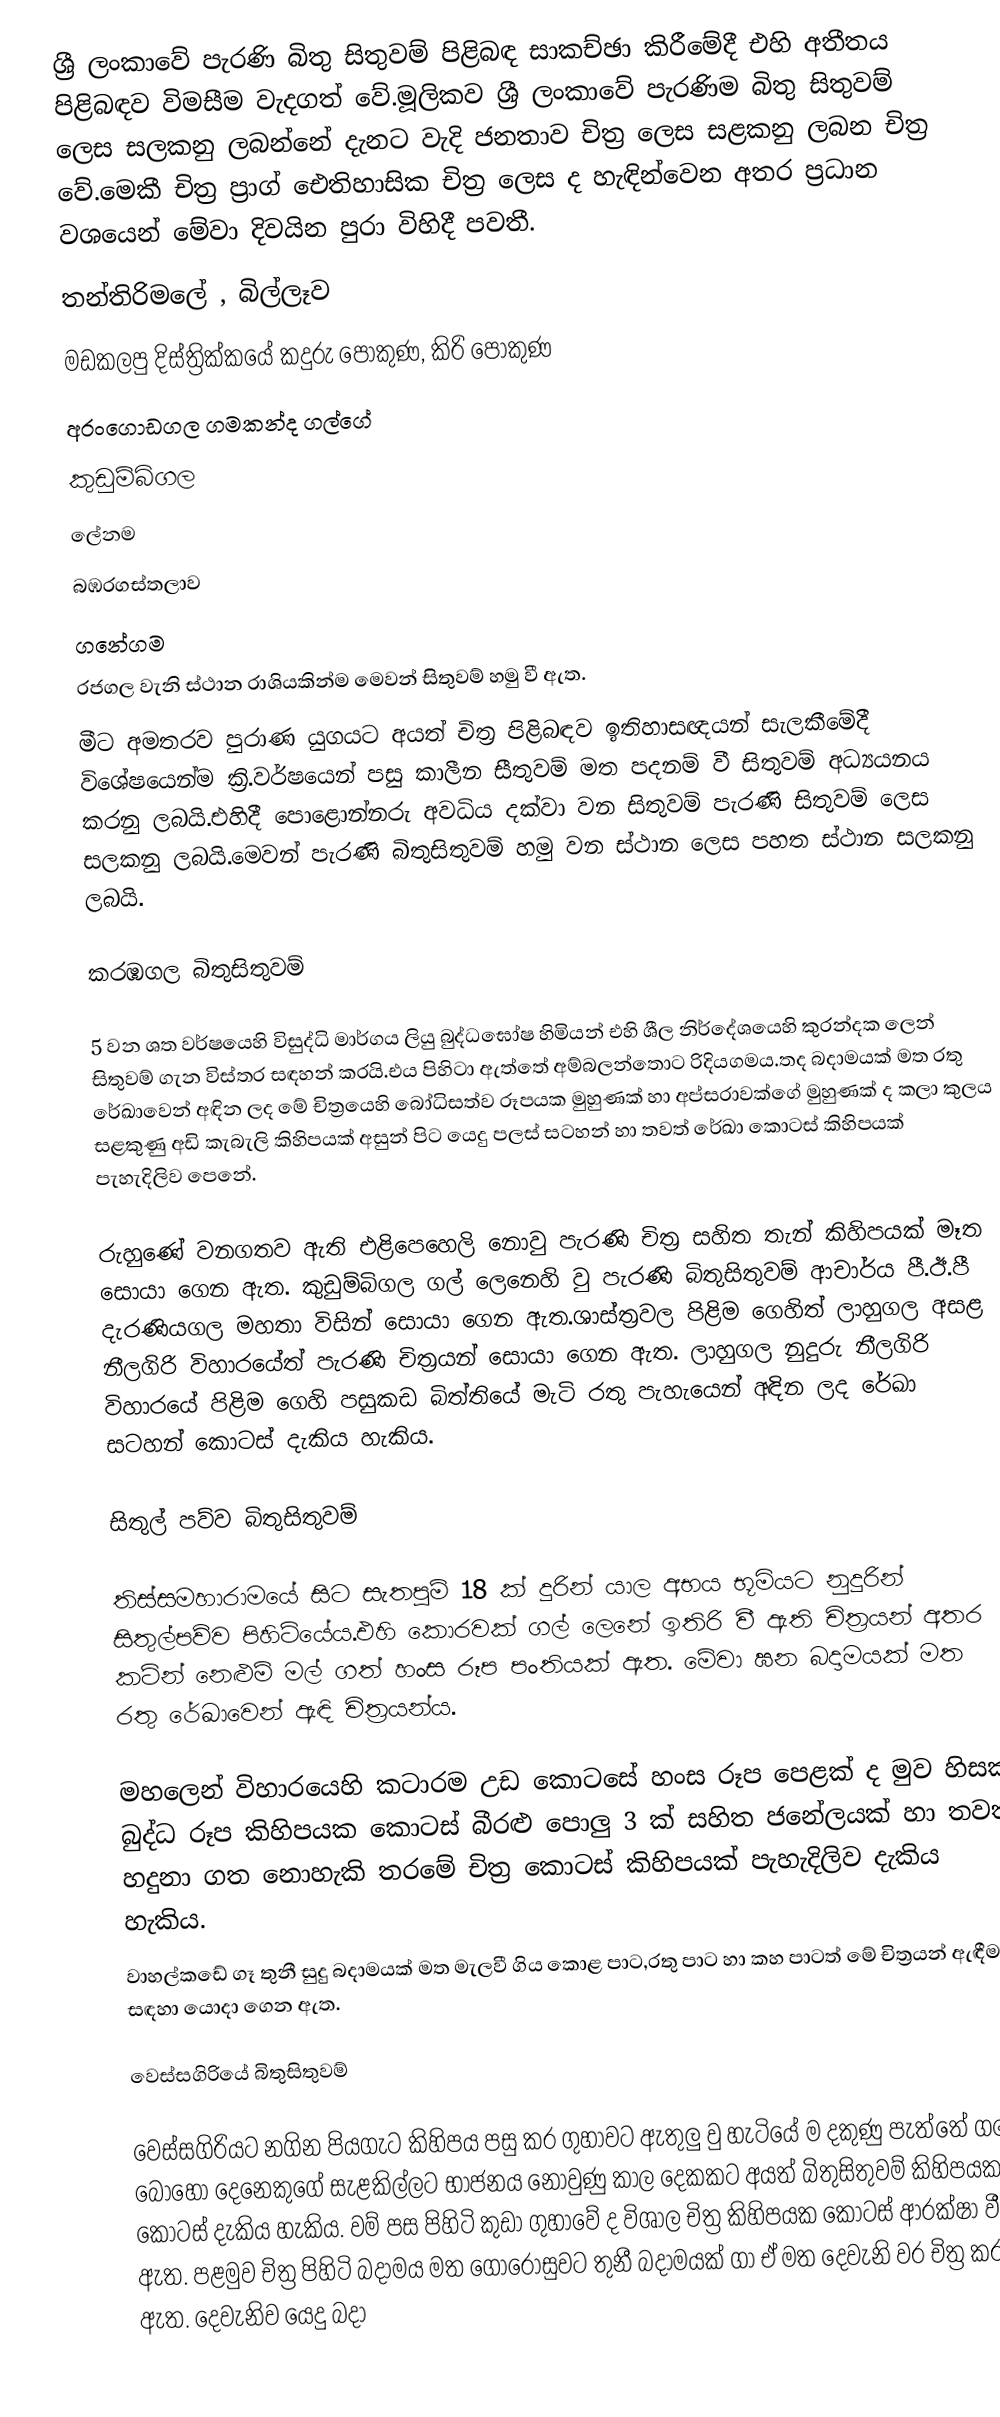
ශ්‍රී ලංකාවේ පැරණි බිතු සිතුවම් පිළිබඳ සාකච්ඡා කිරීමේදී එහි අතීතය පිළිබඳව විමසීම වැදගත් වේ.මූලිකව ශ්‍රී ලංකාවේ පැරණිම බිතු සිතුවම් ලෙස සලකනු ලබන්නේ දැනට වැදි ජනතාව චිත්‍ර ලෙස සළකනු ලබන චිත්‍ර වේ.මෙකී චිත්‍ර ප්‍රාග් ඓතිහාසික චිත්‍ර ලෙස ද හැඳින්වෙන අතර ප්‍රධාන වශයෙන් මේවා දිවයින පුරා විහිදී පවතී.
තන්තිරිමලේ , බිල්ලෑව
මඩකලපු දිස්ත්‍රික්කයේ කදුරු පොකුණ, කිරි පොකුණ
අරංගොඩගල ගමකන්ද ගල්ගේ
කුඩුම්බිගල
ලේනම
බඹරගස්තලාව
ගනේගම
රජගල  වැනි ස්ථාන රාශියකින්ම මෙවන් සිතුවම් හමු වී ඇත.
මීට අමතරව පුරාණ යුගයට අයත් චිත්‍ර පිළිබඳව ඉතිහාසඥයන් සැලකීමේදී විශේෂයෙන්ම ක්‍රි.වර්ෂයෙන් පසු කාලීන සීතුවම් මත පදනම් වී සිතුවම් අධ්‍යයනය කරනු ලබයි.එහිදී පොළොන්නරු අවධිය දක්වා වන සිතුවම් පැරණි සිතුවම් ‍ලෙස සලකනු ලබයි.මෙවන් පැරණි බිතුසිතුවම් හමු වන ස්ථාන ලෙස පහත ස්ථාන සලකනු ලබයි.

කරඹගල බිතුසිතුවම්

5 වන ශත වර්ෂයෙහි විසුද්ධි මාර්ගය ලියු බුද්ධඝෝෂ හිමියන් එහි ශීල නිර්දේශයෙහි  කුරන්දක ලෙන් සිතුවම් ගැන විස්තර සඳහන් කරයි.එය පිහිටා ඇත්තේ අම්බලන්තොට රිදියගමය.තද බදාමයක් මත රතු රේඛාවෙන් අඳින ලද මේ චිත්‍රයෙහි බෝධිසත්ව රූපයක මුහුණක් හා අප්සරාවක්ගේ මුහුණක් ද කලා කුලය සළකුණු අඩි කැබැලි කිහිපයක් අසුන් පිට යෙදු පලස් සටහන් හා තවත් රේඛා කොටස් කිහිපයක් පැහැදිලිව පෙනේ.

රුහුණේ වනගතව ඇති එළිපෙහෙලි නොවු පැරණි චිත්‍ර සහිත තැන් කිහිපයක් මෑත සොයා ගෙන ඇත. කුඩුම්බිගල ගල් ලෙනෙහි වු පැරණි බිතුසිතුවම් ආචාර්ය පී.ඊ.පී දැරණියගල මහතා විසින් සොයා  ගෙන ඇත.ශාස්ත්‍රවල පිළිම ගෙහිත් ලාහුගල අසළ නීලගිරි විහාරයේත් පැරණි චිත්‍රයන් සොයා ගෙන ඇත.  ලාහුගල නුදුරු නීලගිරි විහාරයේ පිළිම ගෙහි පසුකඩ බිත්තියේ මැටි රතු පැහැයෙන් අඳින ලද රේඛා සටහන් කොටස් දැකිය හැකිය.

සිතුල් පව්ව බිතුසිතුවම්

තිස්සමහාරාමයේ සිට සැතපුම් 18 ක් දුරින් යාල අභය භූමියට නුදුරින් සිතුල්පව්ව පිහිටියේය.එහි කොරවක් ගල් ලෙනේ ඉතිරි වී ඇති චිත්‍රයන් අතර කටින් නෙළුම් මල් ගත් හංස රූප පංතියක් ඇත. මේවා ඝන බදාමයක් මත රතු රේඛාවෙන් ඇඳි චිත්‍රයන්ය.

මහලෙන් විහාරයෙහි කටාරම උඩ කොටසේ හංස රූප පෙළක් ද මුව හිසක් බුද්ධ රූප කිහිපයක කොටස් බීරළු පොලු 3 ක් සහිත ජනේලයක් හා තවත් හදුනා ගත නොහැකි තරමේ චිත්‍ර කොටස් කිහිපයක් පැහැදිලිව දැකිය හැකිය.
වාහල්කඩේ ගෑ තුනී සුදු බදාමයක් මත මැලවී ගිය කොළ පාට,රතු පාට හා කහ පාටත් මේ චිත්‍රයන් ඇඳීම සඳහා යොදා ගෙන ඇත.

වෙස්සගිරියේ බිතුසිතුවම්

වෙස්සගිරියට නගින පියගැට කිහිපය පසු කර ගුහාවට ඇතුලු වු හැටියේ ම දකුණු පැත්තේ ගලේ බොහෝ දෙනෙකුගේ සැළකිල්ලට භාජනය නොවුණු කාල දෙකකට අයත් බිතුසිතුවම් කිහිපයක කොටස් දැකිය හැකිය. වම් පස පිහිටි කුඩා ගුහාවේ ද විශාල චිත්‍ර කිහිපයක කොටස් ආරක්ෂා වී ඇත. පළමුව චිත්‍ර පිහිටි බදාමය මත ගොරෝසුවට තුනී බදාමයක් ගා ඒ මත දෙවැනි වර චිත්‍ර කර ඇත. දෙවැනිව යෙදු බදා